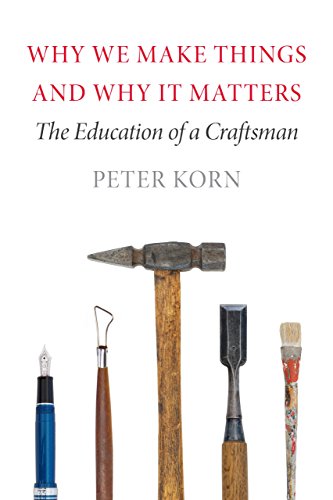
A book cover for Why We Make Things and Why It Matters: The Education of a Craftsman; Peter Korn; Crafts, Hobbies & Home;